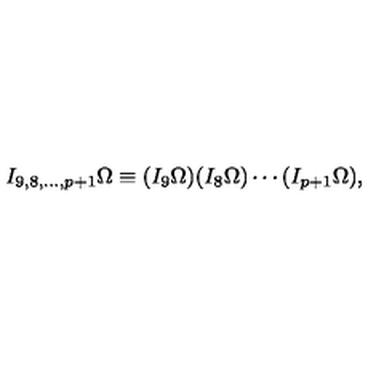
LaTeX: I _ { 9 , 8 , \ldots , p + 1 } \Omega \equiv ( I _ { 9 } \Omega ) ( I _ { 8 } \Omega ) \cdots ( I _ { p + 1 } \Omega ) ,